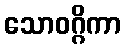
သောဝဂ္ဂိကာ